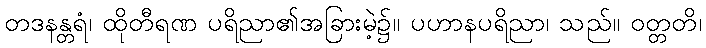
တဒနန္တရံ၊ ထိုတီရဏ ပရိညာ၏အခြားမဲ့၌။ ပဟာနပရိညာ၊ သည်။ ဝတ္တတိ၊